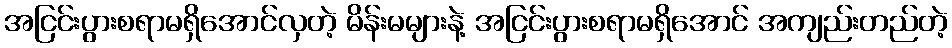
အငြင်းပွားစရာမရှိအောင်လှတဲ့ မိန်းမများနဲ့ အငြင်းပွားစရာမရှိအောင် အကျည်းတည်တဲ့